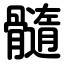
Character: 髓